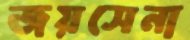
জয়সেনা